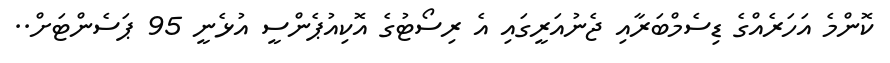
ކޮންމެ އަހަރެއްގެ ޑިސެމްބަރާއި ޖެނުއަރީގައި އެ ރިސޯޓުގެ އޮކިއުޕެންސީ އުޅެނީ 95 ޕަސެންޓަށް..